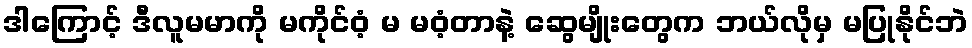
ဒါကြောင့် ဒီလူမမာကို မကိုင်ဝံ့ မ မဝံ့တာနဲ့ ဆွေမျိုးတွေက ဘယ်လိုမှ မပြုနိုင်ဘဲ